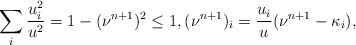
\begin{align*}\sum_i \frac{u_i^2}{u^2}=1-(\nu^{n+1})^2\leq 1, (\nu^{n+1})_i=\frac{u_i}{u}(\nu^{n+1}-\kappa_i),\end{align*}